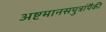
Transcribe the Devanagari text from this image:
अष्टमानसपुत्रांपैकी